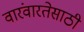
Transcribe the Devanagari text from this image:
वारंवारतेसाठी